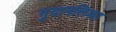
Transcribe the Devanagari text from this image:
गुदानलिका